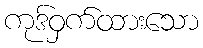
ကုဒ်ဝှက်ထားသော